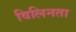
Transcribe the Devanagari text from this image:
विलिनता